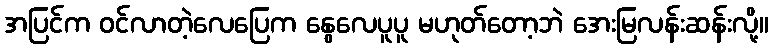
အပြင်က ဝင်လာတဲ့လေပြေက နွေလေပူပူ မဟုတ်တော့ဘဲ အေးမြလန်းဆန်းလို့။